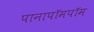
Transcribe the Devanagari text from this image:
पानापॉमपॉम